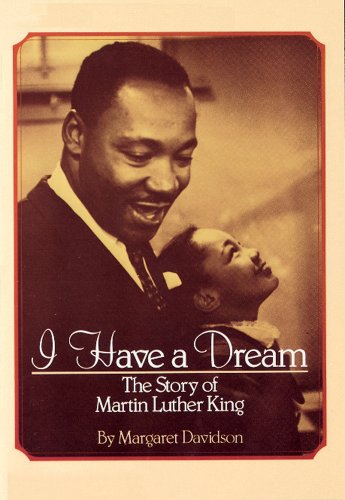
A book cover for I Have a Dream: The Story of Martin Luther King; Margaret Davidson; Children's Books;